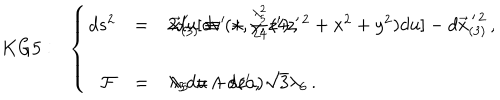
K G 5 : \, \, \, \, \left\{ \begin{array} { r c l } { { d s ^ { 2 } } } & { { = } } & { { 2 d u [ d v ^ { \prime } + \frac { \lambda _ { 5 } ^ { 2 } } { 2 4 } ( 4 z ^ { \prime \, 2 } + x ^ { 2 } + y ^ { 2 } ) d u ] - d \vec { x } _ { ( 3 ) } ^ { \, \prime \, 2 } \, , \hspace { 1 c m } \vec { x } _ { ( 3 ) } ^ { \, \prime } \equiv ( x , y , z ^ { \prime } ) \, , } } \\ { { } } & { { } } & { { } } \\ { { \mathcal { F } } } & { { = } } & { { \lambda _ { 5 } d u \land d z ^ { \prime } \, , \hspace { 1 c m } \lambda _ { 5 } = - s ( \alpha ) \sqrt { 3 } \lambda _ { 6 } \, . } } \\ \end{array} \right.